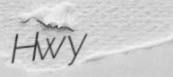
Hwy